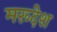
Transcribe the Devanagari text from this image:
मरूदेश